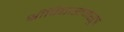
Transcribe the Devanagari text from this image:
श्रीविद्यारत्नसूत्र